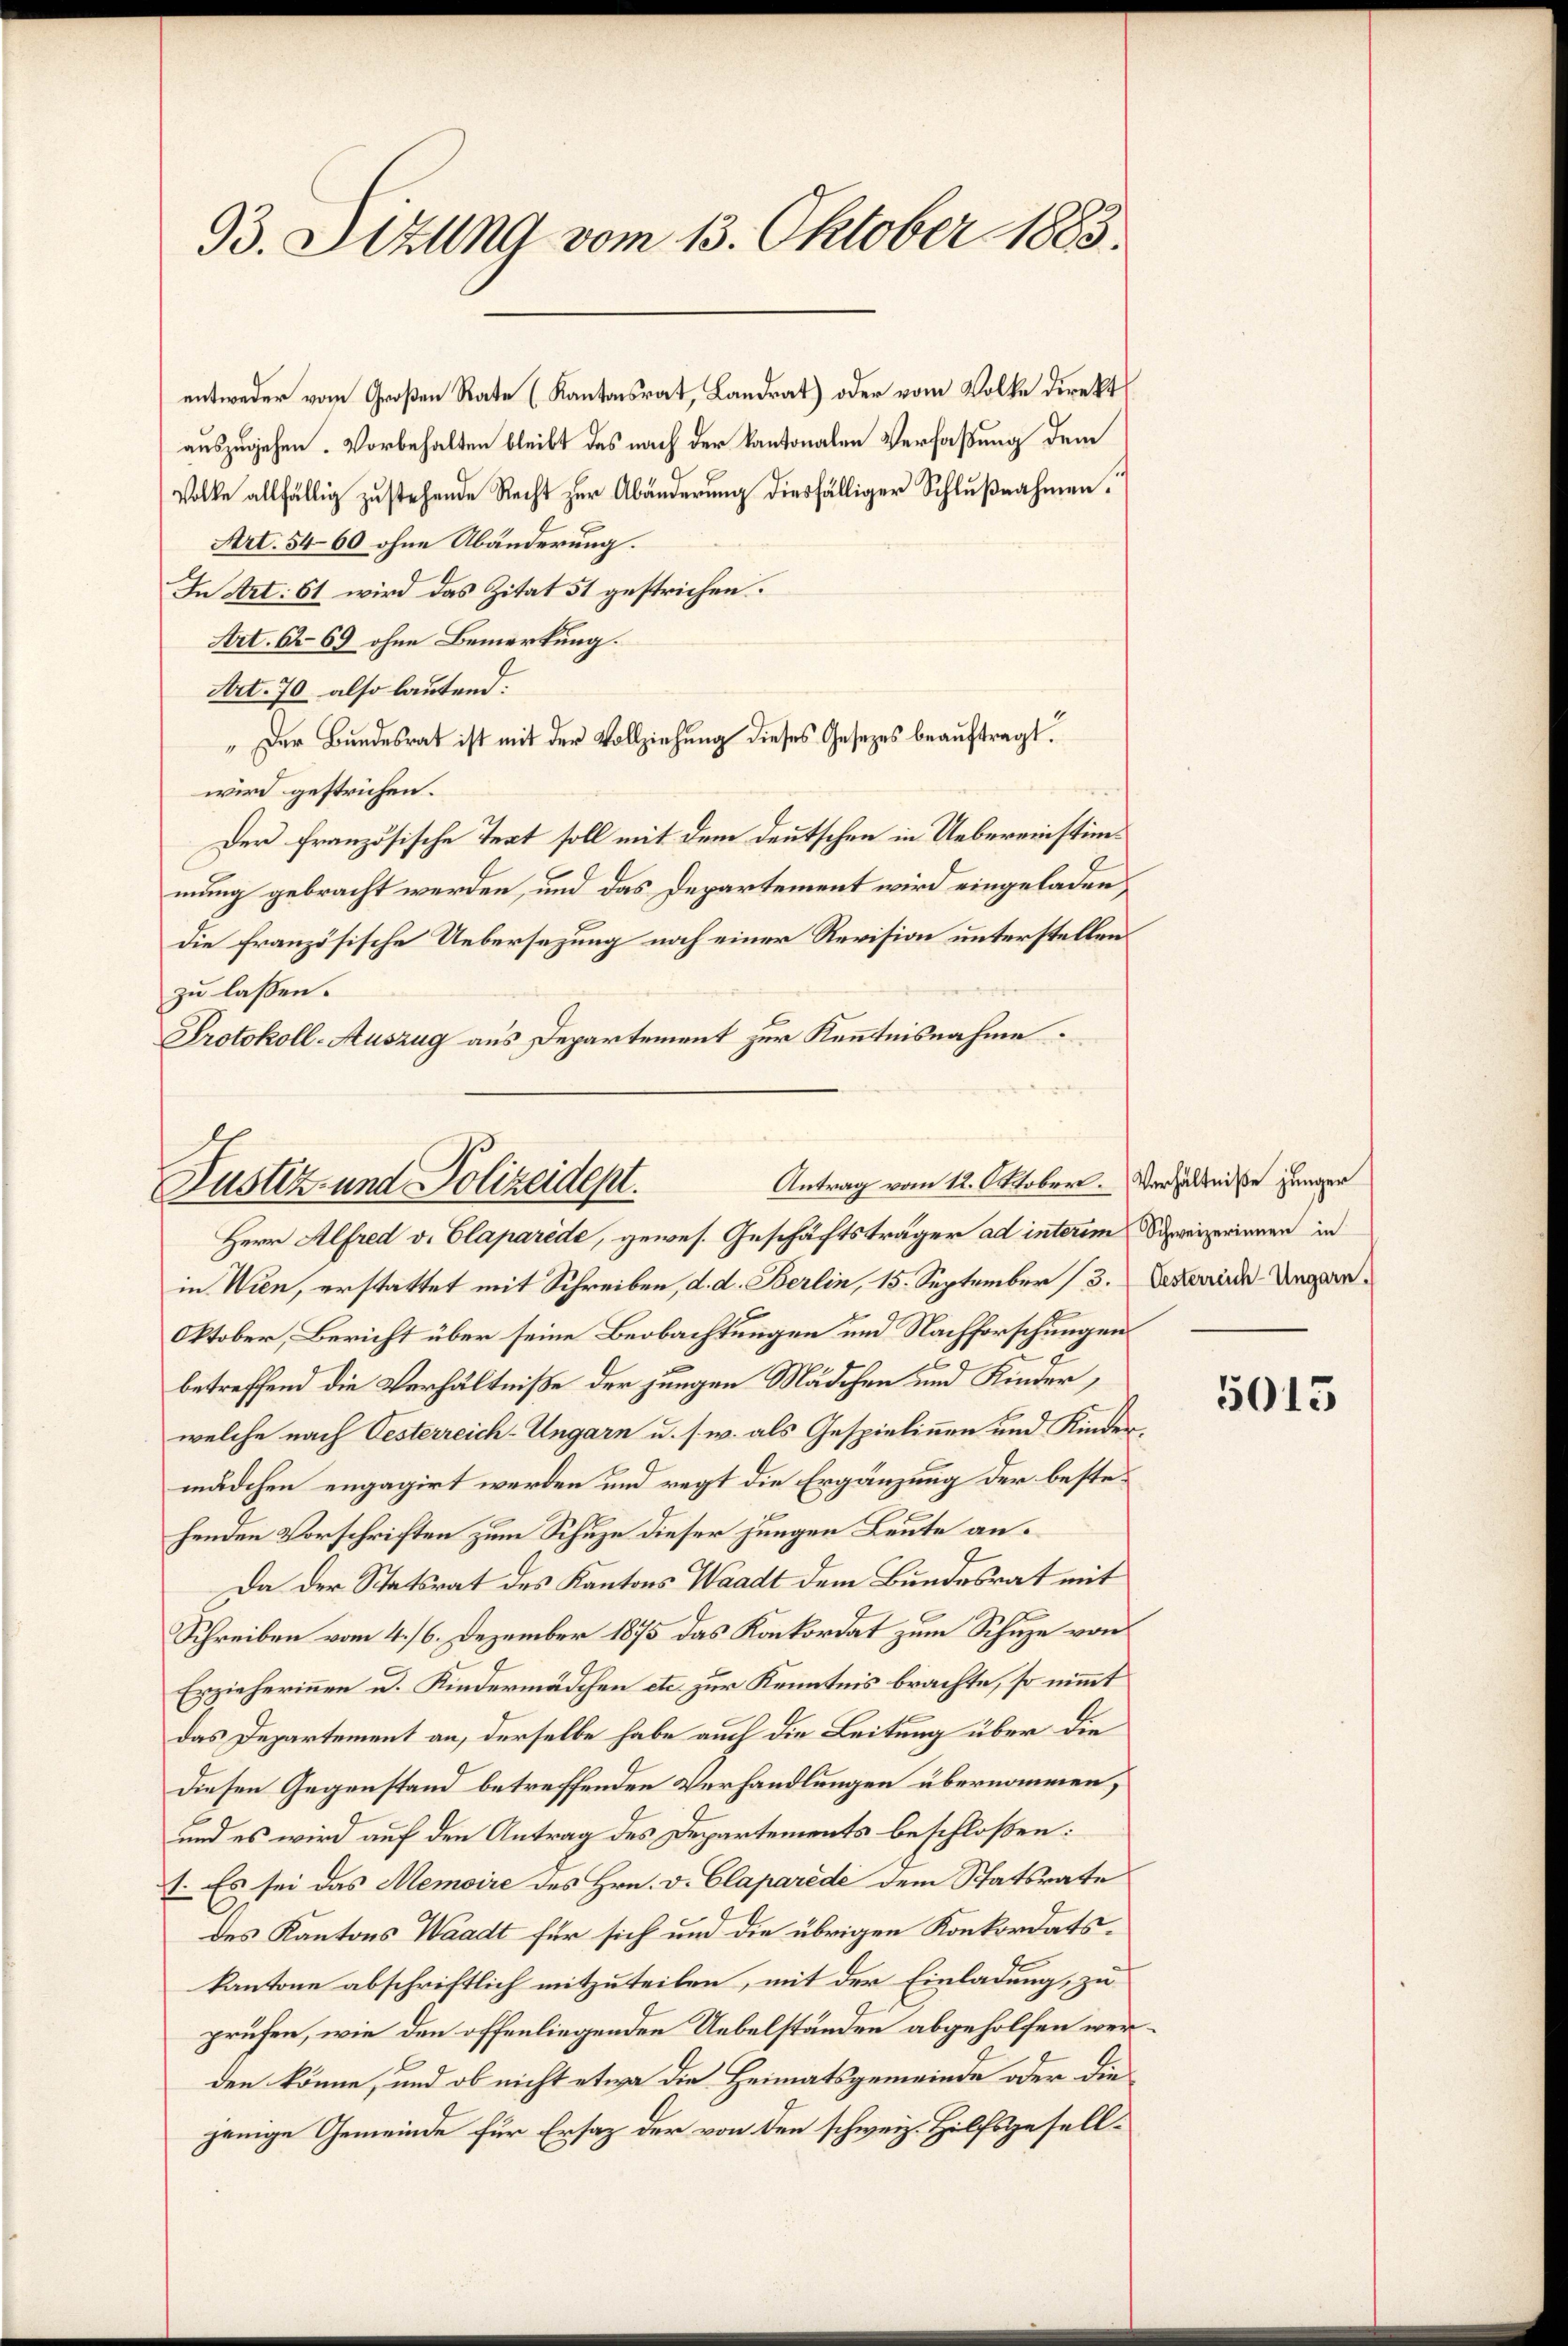
93. Sizung vom 13. Oktober 1883.

entweder vom Großen Rate (Kantonsrat, Landrat) oder vom Volke direkt
auszugehen. Vorbehalten bleibt das nach der Kantonalen Verfaßung dem
Volke allfällig zustehende Recht zur Abänderung diesfälliger Schlußnahmen.
Art. 5460 ohne Abänderung.
In Art. 61 wird das Zitat 51 gestrichen.
Art. 6269 ohne Bemerkung.
Art. 70 also lautend:
" Der Bundesrat ist mit der Vollziehung dieses Gesezes beauftragt.
wird gestrichen.
Der französische Text soll mit dem Deutschen in Uebereinstimmung gebracht werden, und das Departement wird eingeladen,
die französische Uebersezung noch einer Revision unterstellen
zu lassen.
Protokoll-Auszug aus Departement zur Kenntnisnahme.

Antrag vom 12. Oktober.
Justiz- und Polizeidept.

Herr Alfred v. Elaparède, gewes. Geschäftsträger ad interim Schweizerinnen in
in Wien, erstattet mit Schreiben, d. d. Berlin, 15. September (3. Abende Ungar¬
Oktober, Bericht über seine Beobachtungen und Nachforschungen
betreffend die Verhältniße der jungen Mädchen und Kinder,
welche nach Oesterreich-Ungarn u. s. w. als Gespielinnen und Kindermädchen engagirt werden und regt die Ergänzung der bestehenden Vorschriften zum Schuze dieser jungen Leute an.
Da der Statsrat des Kantons Waadt dem Bundesrat mit
Schreiben vom 4./6. Dezember 1875 das Konkordat zum Schuze von
Erzieherinnen u. Kindermädchen etc. zur Kenntnis brachte, so nimmt
das Departement an, derselbe habe auch die Leitung über die
diesen Gegenstand betreffenden Verhandlungen übernommen,
und es wird auf den Antrag des Departements beschloßen:
1. Es sei das Memoire des Hrn. v. Claparede dem Statsrate
des Kantons Waadt für sich und die übrigen Konkordats-
kantone abschriftlich mitzuteilen, mit der Einladung, zu
prüfen, wie den offenliegenden Uebelständen abgeholfen werden könne, und ob nicht etwa die Heimatsgemeinde oder die
jenige Gemeinde für Ersatz der von den schweiz. Hilfsgesell¬

Verhältniße jünger

5015